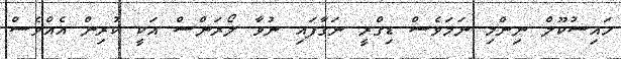
ހައިސުކޫލް ނިންމި ނަމަވެސް ޑިގްރީ ނަގާފައި ނުވާ ލޯރަންސް އަކީ ކުރިން އެއްވެސް